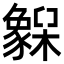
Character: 𬅌